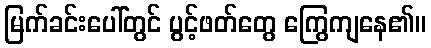
မြက်ခင်းပေါ်တွင် ပွင့်ဖတ်တွေ ကြွေကျနေ၏။